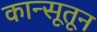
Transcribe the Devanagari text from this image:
कान्सूतून